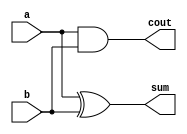
module HA_Structural(a,b,sum,cout);
  input a,b;
  output sum,cout;
  
  xor u1(sum, a, b);
  and u2(cout, a, b);
endmodule